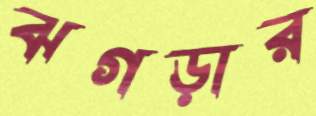
ঝগড়ার